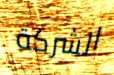
الشركة